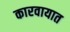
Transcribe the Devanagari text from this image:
कारवायात